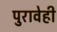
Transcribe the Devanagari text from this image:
पुरावेही